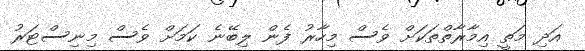
އަދި މަތީ އިމާރާތްތަކަށް ވެސް މިހާރު ފެން ލިބޭނެ ކަމަށް ވެސް މިނިސްޓަރު